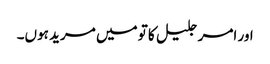
اور امر جلیل کا تو میں مرید ہوں۔